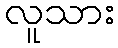
လူသား